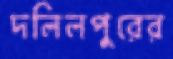
দলিলপুরের